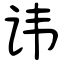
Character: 讳